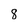
Character: 8